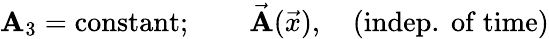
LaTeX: \mathbf{A}_{3}=\mathrm{{constant}};\qquad\vec{{\mathbf{A}}}(\vec{{x}}),\quad\mathrm{{(indep.~of~time)}}